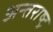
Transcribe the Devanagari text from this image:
अन्तराष्ट्र